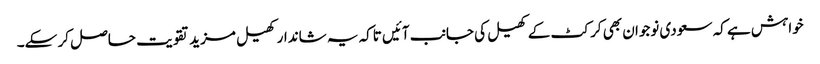
خواہش ہے کہ سعودی نوجوان بھی کرکٹ کے کھیل کی جانب آئیں تاکہ یہ شاندار کھیل مزید تقویت حاصل کر سکے۔